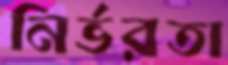
নির্ভরতা